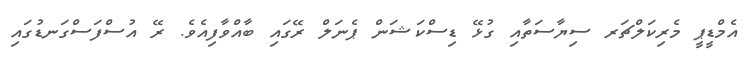
އެމްޑީޕީ މެރިކަލްޗަރ ސިޔާސަތާއި ގުޅޭ ޑިސްކަޝަން ޕެނަލް ރޭގައި ބާއްވާފިއެވެ. ރޭ އުސްފަސްގަނޑުގައި